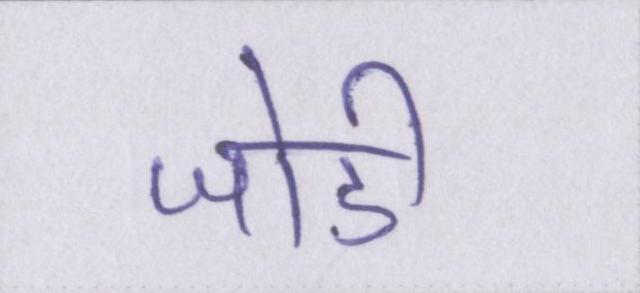
जोडी